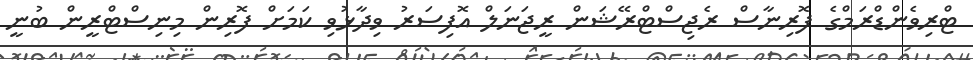
ޓްރިވެންޑްރަމްގެ ފޮރިނާސް ރެޖިސްޓްރޭޝަން ރީޖަނަލް އޮފިސަރު ވިދާޅުވި ކަމަށް ފޮރިން މިނިސްޓްރީން ބުނީ